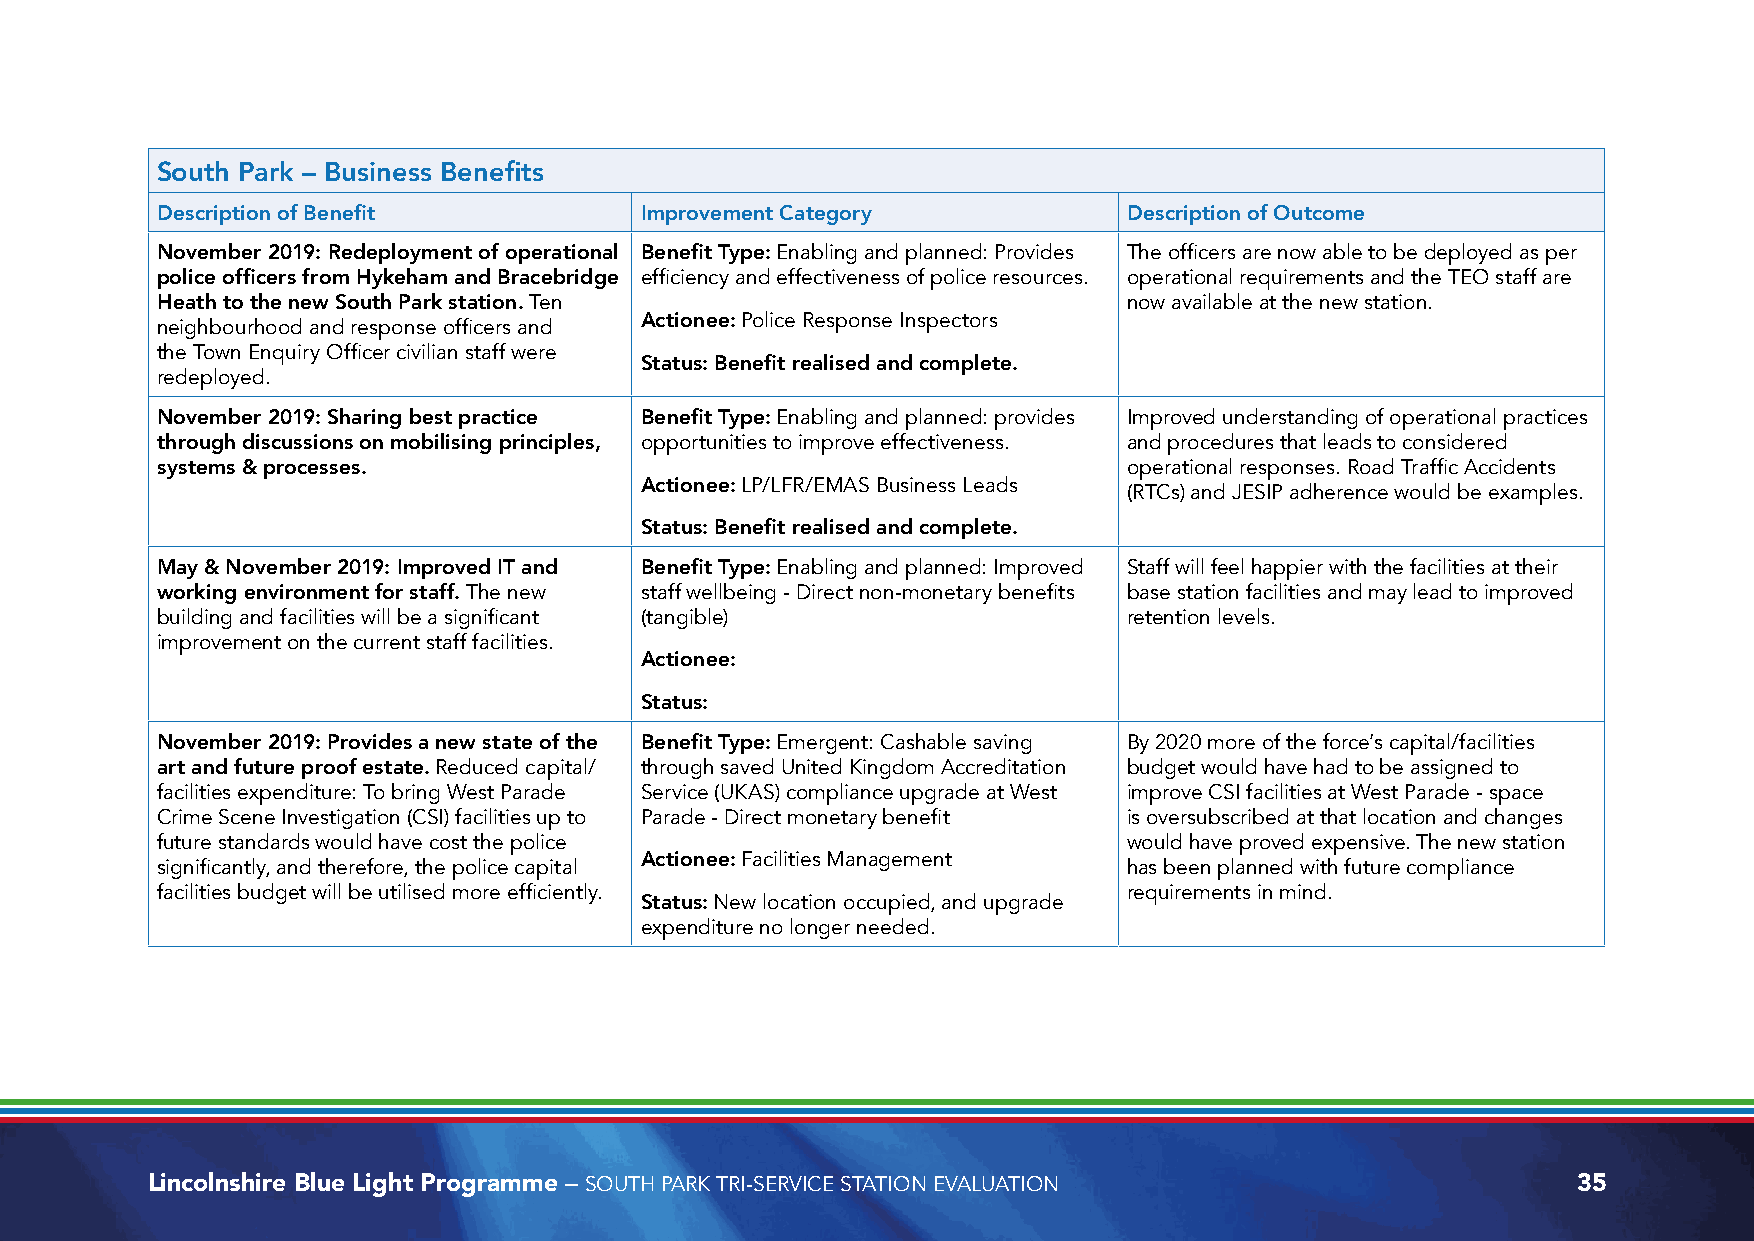
South Park – Business Benefits
 Description of Benefit          Improvement Category             Description of Outcome
 November 2019: Redeployment of operational Benefit Type: Enabling and planned: Provides The officers are now able to be deployed as per
 police officers from Hykeham and Bracebridge efficiency and effectiveness of police resources. operational requirements and the TEO staff are
 Heath to the new South Park station. Ten                         now available at the new station.
 Actionee: Police Response Inspectors
 neighbourhood and response officers and
 the Town Enquiry Officer civilian staff were
 Status: Benefit realised and complete.
 redeployed.
 November 2019: Sharing best practice Benefit Type: Enabling and planned: provides Improved understanding of operational practices
 through discussions on mobilising principles, opportunities to improve effectiveness. and procedures that leads to considered
 systems & processes.                                             operational responses. Road Traffic Accidents
 Actionee: LP/LFR/EMAS Business Leads
 (RTCs) and JESIP adherence would be examples.
 Status: Benefit realised and complete.
 May & November 2019: Improved IT and Benefit Type: Enabling and planned: Improved Staff will feel happier with the facilities at their
 working environment for staff. The new staff wellbeing - Direct non-monetary benefits base station facilities and may lead to improved
 building and facilities will be a significant (tangible)         retention levels.
 improvement on the current staff facilities.
 Actionee:
 Status:
 November 2019: Provides a new state of the Benefit Type: Emergent: Cashable saving By 2020 more of the force’s capital/facilities
 art and future proof estate. Reduced capital/ through saved United Kingdom Accreditation budget would have had to be assigned to
 facilities expenditure: To bring West Parade Service (UKAS) compliance upgrade at West improve CSI facilities at West Parade - space
 Crime Scene Investigation (CSI) facilities up to Parade - Direct monetary benefit is oversubscribed at that location and changes
 future standards would have cost the police                      would have proved expensive. The new station
 Actionee: Facilities Management
 significantly, and therefore, the police capital                 has been planned with future compliance
 facilities budget will be utilised more efficiently.             requirements in mind.
 Status: New location occupied, and upgrade
 expenditure no longer needed.
 Lincolnshire Blue Light Programme – SOUTH PARK TRI-SERVICE STATION EVALUATION                 35